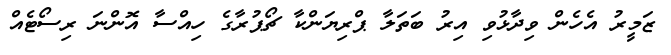
ޒަމީރު އެހެން ވިދާޅުވި އިރު ބަތަލާ ޕްރިޔަންކާ ޗޯޕުރާގެ ހިއްސާ އޮންނަ ރިސޯޓެއް